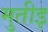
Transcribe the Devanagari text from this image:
मुतीइ